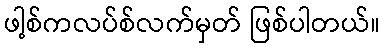
ဖါ့စ်ကလပ်စ်လက်မှတ် ဖြစ်ပါတယ်။